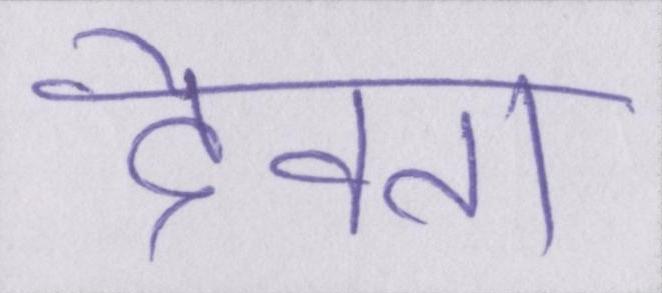
देवता